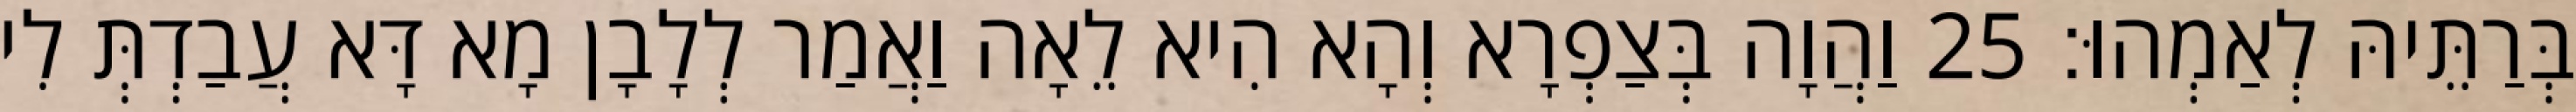
בְּרַתֵּיהּ לְאַמְהוּ׃ 25 וַהֲוָה בְּצַפְרָא וְהָא הִיא לֵאָה וַאֲמַר לְלָבָן מָא דָּא עֲבַדְתְּ לִי